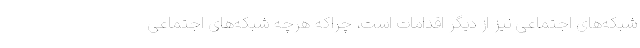
شبکه‌های اجتماعی نیز از دیگر اقدامات است، چراکه هرچه شبکه‌های اجتماعی